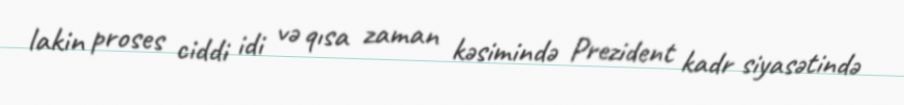
lakin proses ciddi idi və qısa zaman kəsimində Prezident kadr siyasətində